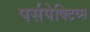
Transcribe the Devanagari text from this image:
पर्सपेक्टिव्स